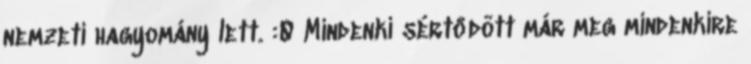
nemzeti hagyomány lett. :0 Mindenki sértődött már meg mindenkire